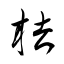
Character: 桔